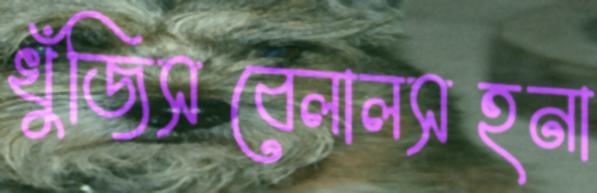
খুঁজিসবেলালসহনা